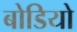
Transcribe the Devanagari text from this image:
बोडियो